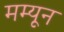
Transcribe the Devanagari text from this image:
मम्यून